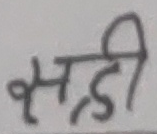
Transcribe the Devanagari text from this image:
स्मृडी